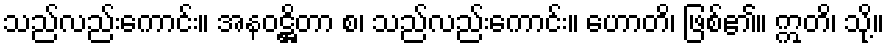
သည်လည်းကောင်း။ အနဝဋ္ဌိတာ စ၊ သည်လည်းကောင်း။ ဟောတိ၊ ဖြစ်၏။ ဣတိ၊ သို့။